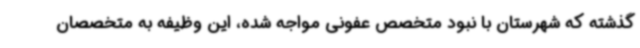
گذشته که شهرستان با نبود متخصص عفونی مواجه شده، این وظیفه به متخصصان